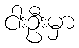
ငါးဦးမှာ